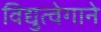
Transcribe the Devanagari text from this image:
विद्युत्‍वेगाने